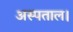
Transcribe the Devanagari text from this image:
अस्पताल।